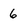
Character: 6